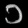
Digit: ၁